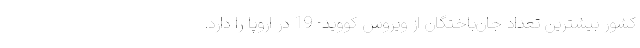
کشور بیشترین تعداد جان‌باختگان از ویروس کووید- 19 در اروپا را دارد.